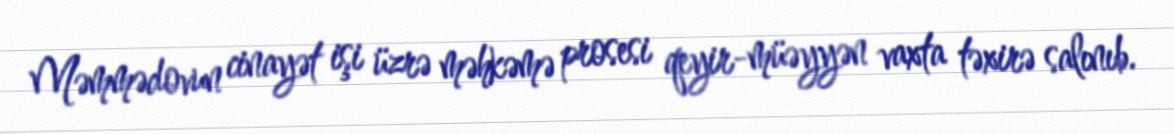
Məmmədovun cinayət işi üzrə məhkəmə prosesi qeyir-müəyyən vaxta təxirə salınıb.